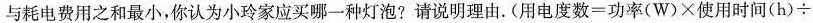
与耗电费用之和最小，你认为小玲家应买哪一种灯泡?请说明理由. (用电度数=功率(W)×使用时间(h)÷